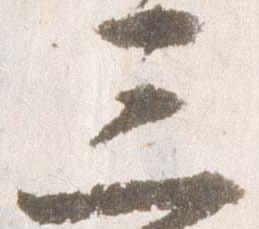
三